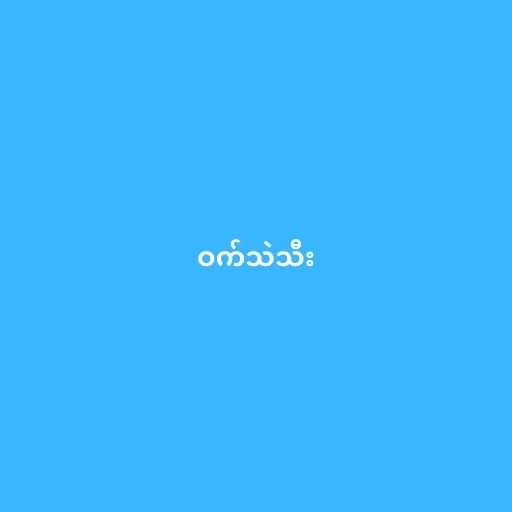
ဝက်သဲသီး